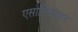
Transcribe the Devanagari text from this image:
एसोसियएशन